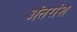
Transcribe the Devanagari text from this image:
अंतरांश